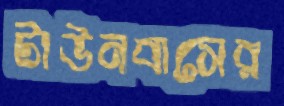
টাউনবাসের